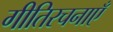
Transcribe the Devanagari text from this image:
गीतिरचनाएँ